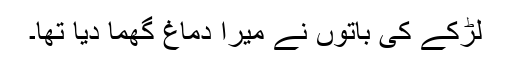
لڑکے کی باتوں نے میرا دماغ گھما دیا تھا۔